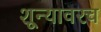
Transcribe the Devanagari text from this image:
शून्यावरच